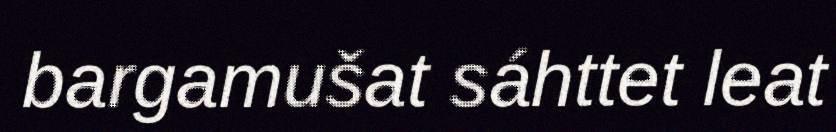
bargamušat sáhttet leat